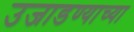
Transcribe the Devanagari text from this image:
उजाडण्याच्या